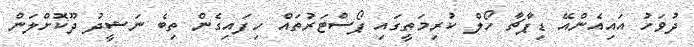
ދުވަހު އައިއެންއޭ ޑިޕާޗާ ހޯލް ކުރިމަތީގައި ޕޯސްޓަރުތައް ހިފައިގެން ތިބެ ނަޝީދު ދޫކޮށްލަން